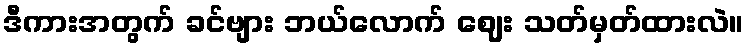
ဒီကားအတွက် ခင်ဗျား ဘယ်လောက် ဈေး သတ်မှတ်ထားလဲ။